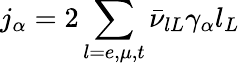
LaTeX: j_{\alpha}=2\sum_{l=e,\mu,t}\bar{\nu}_{lL}\gamma_{\alpha}l_{L}